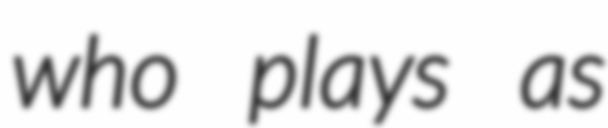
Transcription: who plays as